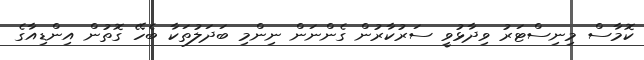
ކޮމާސް މިނިސްޓަރު ވިދާޅުވީ ސަރުކާރުން ގެންނަން ނިންމި ބަދަލުތަކާ ބެހޭ ގޮތުން އިންޑިއާގެ